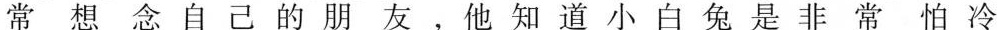
常想念自己的朋友，他知道小白兔是非常怕冷